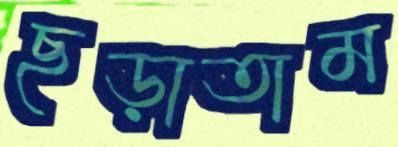
ছড়াতাম